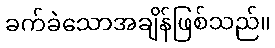
ခက်ခဲသောအချိန်ဖြစ်သည်။